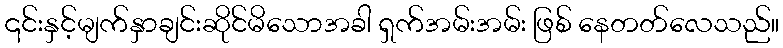
၎င်းနှင့်မျက်နှာချင်းဆိုင်မိသောအခါ ရှက်အမ်းအမ်း ဖြစ် နေတတ်လေသည်။